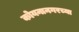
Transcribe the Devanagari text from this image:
कोयनानगरच्या